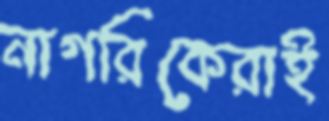
নাগরিকেরাই